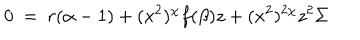
LaTeX: 0 ~ = ~ r ( \alpha - 1 ) + ( x ^ { 2 } ) ^ { \chi } f ( \beta ) z + ( x ^ { 2 } ) ^ { 2 \chi } z ^ { 2 } \Sigma